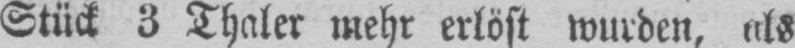
Stück 3 Thaler mehr erlöst wurden, als